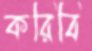
করিবি